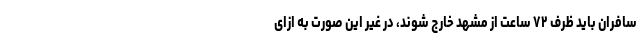
سافران باید ظرف ۷۲ ساعت از مشهد خارج شوند، در غیر این صورت به ازای